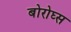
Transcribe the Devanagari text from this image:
बोरोघ्स